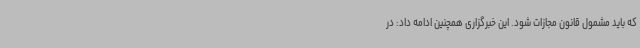
که باید مشمول قانون مجازات شود. این خبرگزاری همچنین ادامه داد: در